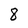
Character: 8